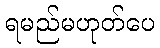
ရမည်မဟုတ်ပေ